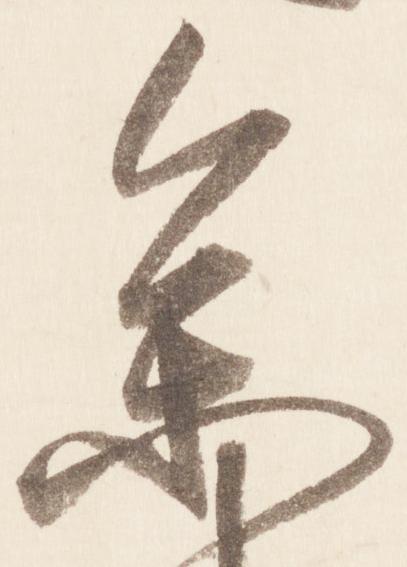
参